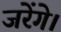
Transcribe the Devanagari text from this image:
जरेंगे।